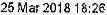
25 MAR 2018 18:26